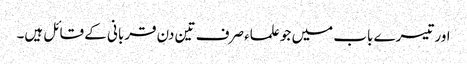
اور تیسرے باب میں جو علماء صرف تین دن قربانی کے قائل ہیں۔